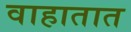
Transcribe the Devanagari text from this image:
वाहातात